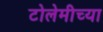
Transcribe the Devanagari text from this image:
टोलेमीच्या